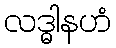
လဒ္ဓါနဟံ